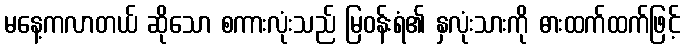
မနေ့ကလာတယ် ဆိုသော စကားလုံးသည် မြဝန်းရံ၏ နှလုံးသားကို ဓားထက်ထက်ဖြင့်